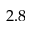
2 . 8